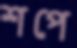
শপে